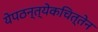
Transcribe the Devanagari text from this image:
येपठन्त्येकचित्तेन